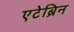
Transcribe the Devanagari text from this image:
एटेब्रिन